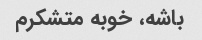
باشه، خوبه متشکرم